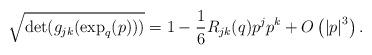
LaTeX: \begin{align*}\sqrt{\det(g_{jk}(\exp_{q}(p)))}=1-\frac{1}{6}R_{jk}(q)p^{j}p^{k}+O\left(\left\vert p\right\vert ^{3}\right).\end{align*}